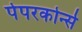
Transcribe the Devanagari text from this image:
पेपरकोर्न्स